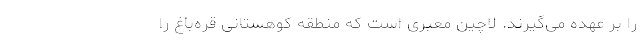
را بر عهده می‌گیرند. لاچین معبری است که منطقه کوهستانی قره‌باغ را